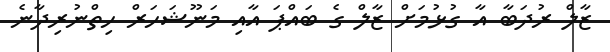
ޒާލް ރުދަބާ އާ ގުޅުމަށް ޒާލް ގެ ބައްޕަ އާއި މަނޫޝަހަރް ހިތްނުރިދާނެ